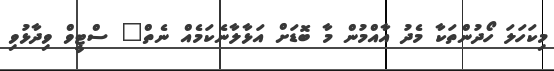
މިކަހަލަ ހޯދުންތަކާ މެދު އާއްމުން މާ ބޮޑަށް އަޅާލާނެކަމެއް ނެތް" ސްޓީވް ވިދާޅުވި